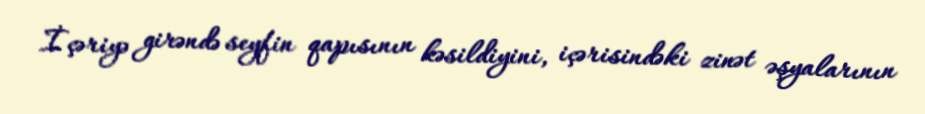
İçəriyə girəndə seyfin qapısının kəsildiyini, içərisindəki zinət əşyalarının